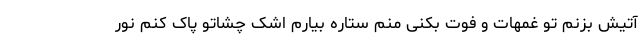
آتیش بزنم تو غمهات و فوت بکنی منم ستاره بیارم اشک چشاتو پاک کنم نور